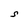
Character: S